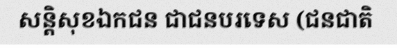
សន្តិសុខឯកជន ជាជនបរទេស (ជនជាតិ